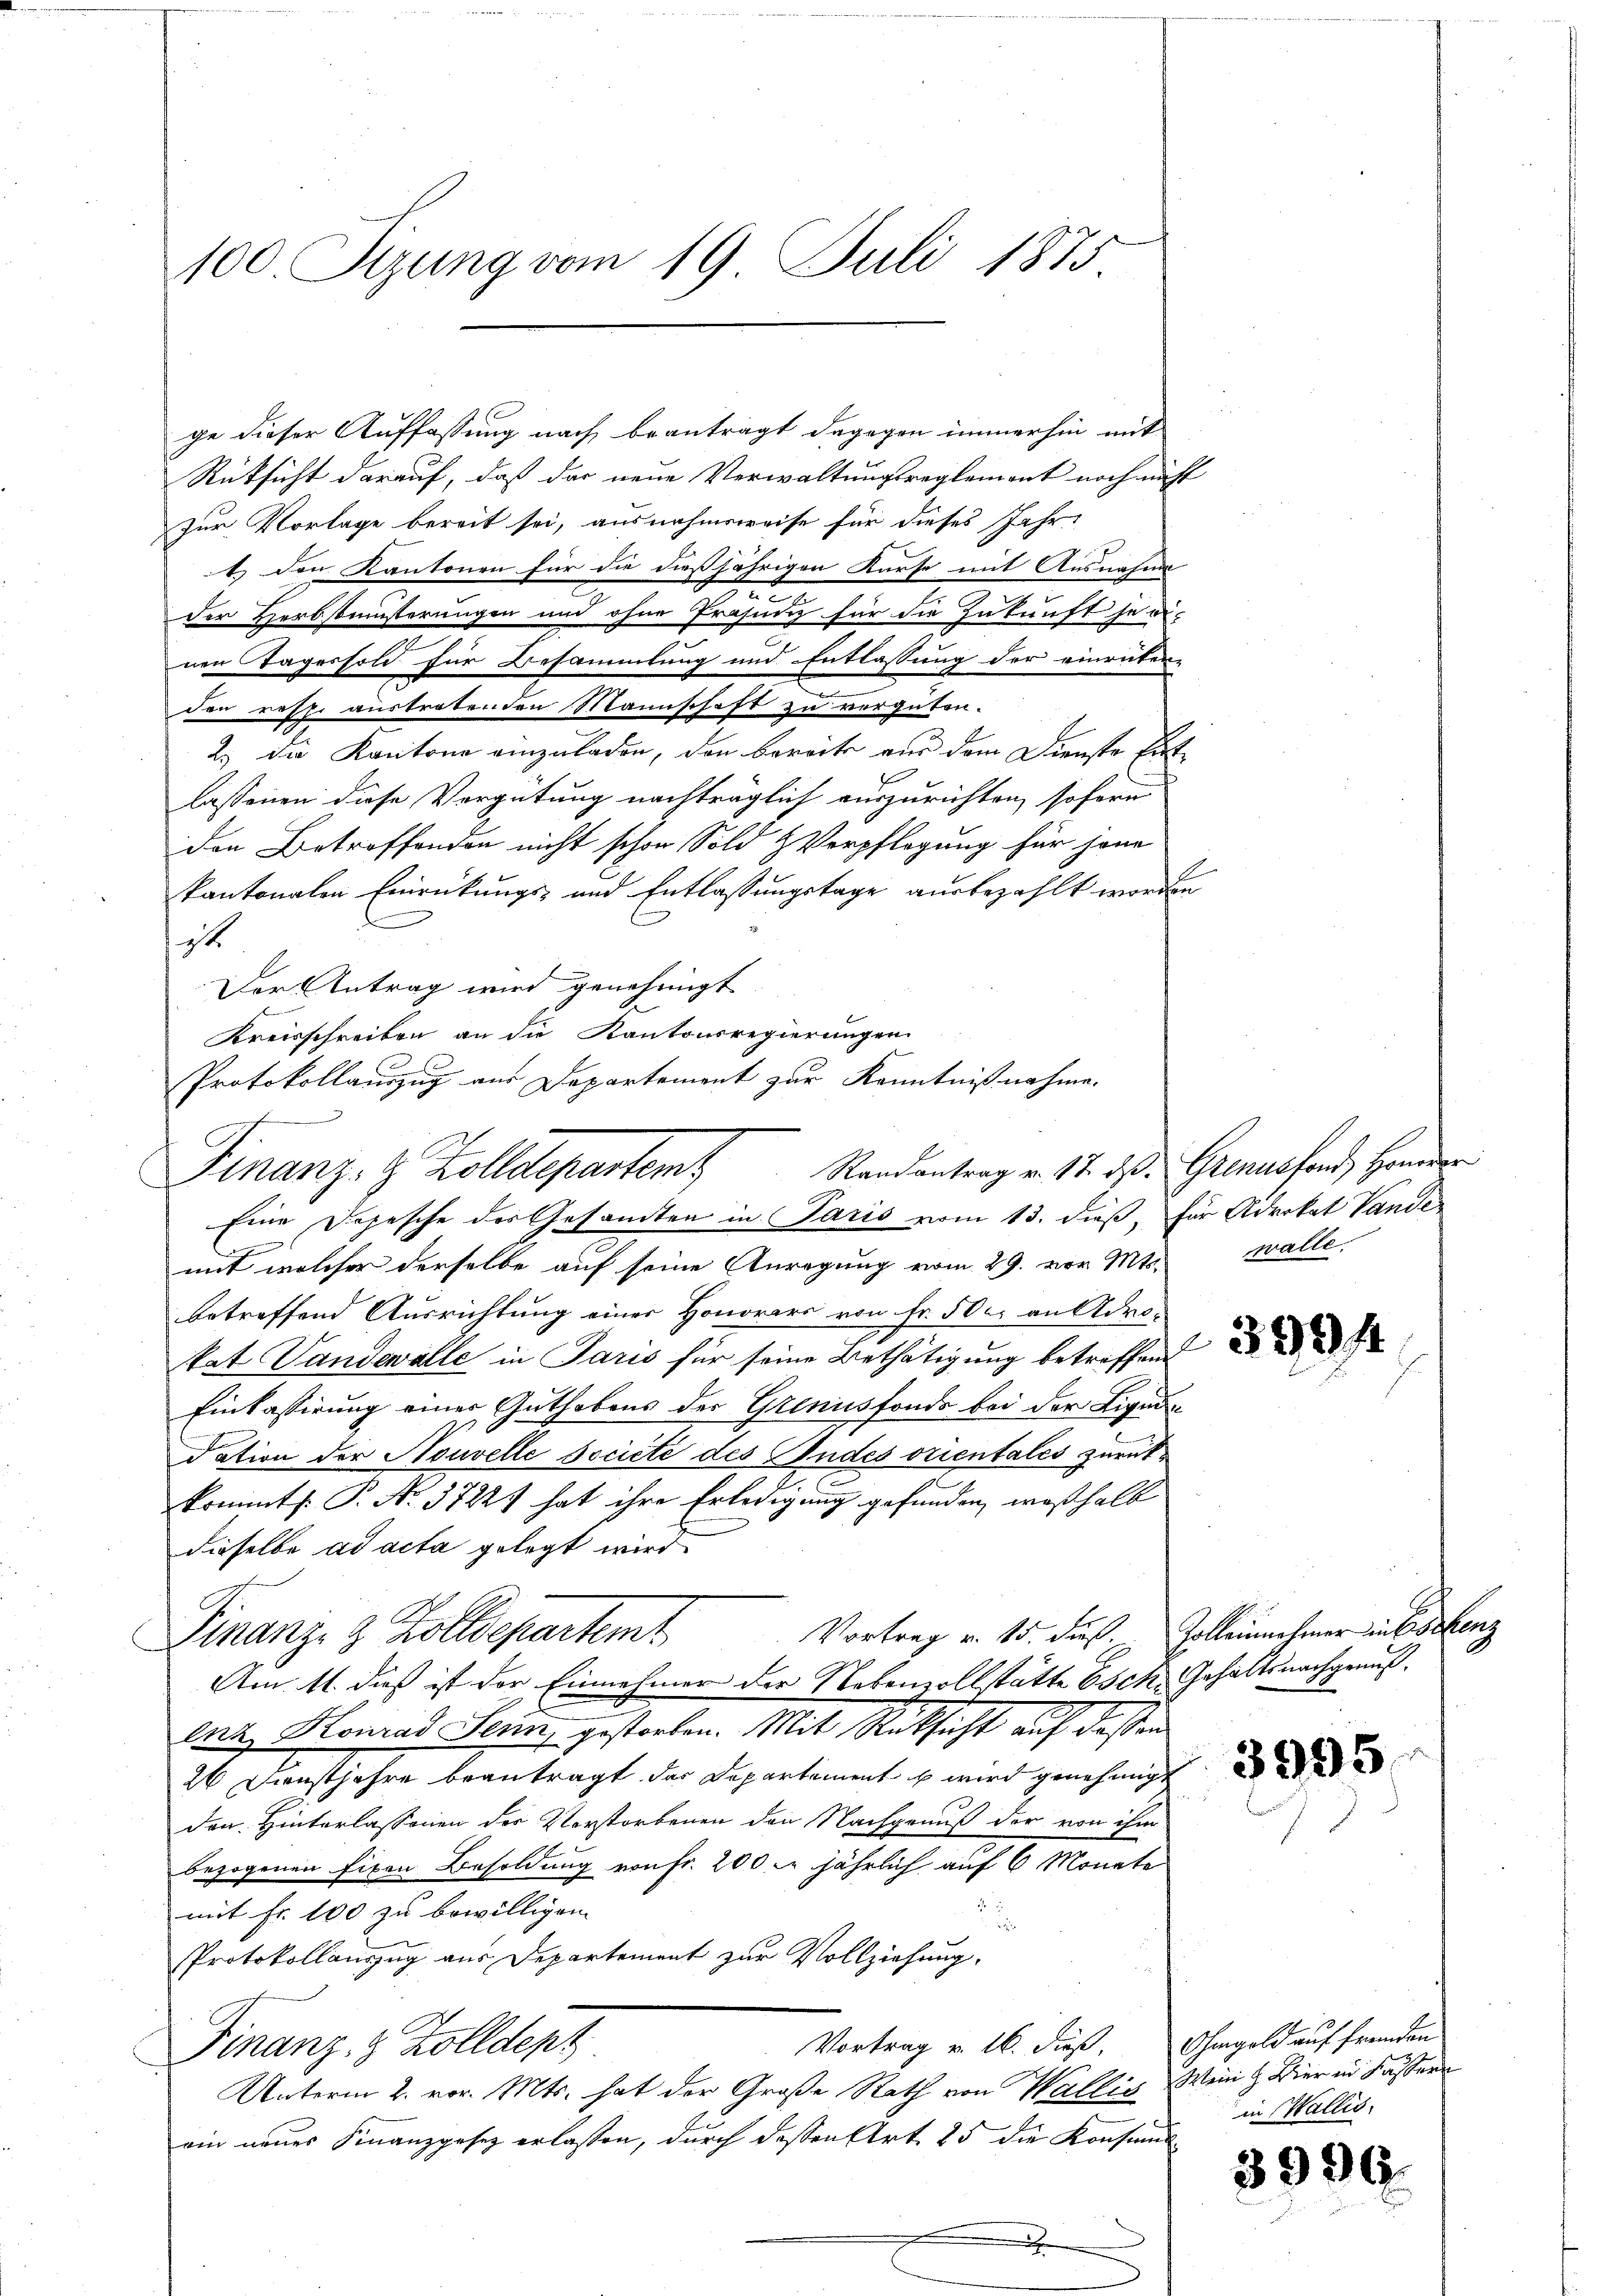
100 Tizung vom 19. Juli 1875

ge dieser Auffassung nach beanträgt dagegen immerhin mit
Rücksicht darauf, daß der neue Verwaltungsreglement noch nicht
zur Vorlage bereit sei, ausnahmsweise für dieses Jahr-
t den Kantonen für die dießjährigen Kurse mit Ausnahme
der Herbsteinsterungen und ohne Präsiiz für die Zukunft je ei-
nen Tagessold für Besammlung und Entlassung der einrüter-
den resp. austretenden Mannschaft zu vergüten.
2.) Die Kantone einzuladen, den bereite aus dem Dienste Entlassenen diese Vergütung nachträglich auszurichten, sofern
den Betroffenden nicht schon Sold & Verpflegung für jene
kantonalen Einrückungs- und Entlassungstage ausbezahlt worden
C
ist
Der Antrag wird genehmigt
Eine Dojesche des Gesamten in Paris vom 13. dieß, für Advokat Vande
mit welcher derselbe auf seine Anregung vom 29. vor. Mts. Walle,
betreffend Ausrichtung einer Honorars von Fr. 500. an Adro-
kat Vandewalle in Paris für seine Unthätigung betreffen
Einkassirung einer Guthabens der Grenisfonds bei der Liqui
dation der Nouvelle Societe des Andes orientales zurück¬
.
kommt. P. Nr. 3722) hat ihre Erledigung gefunden, weßhalb
dieselbe ad acta gelegt wird.
G.
Vortrag v. 15. Fuß. Volleinnehmer in Eschenz
Finanz- & Zolldepartemt
Am 11. daß ist der Einnehmer der Nebenvollstätte Osck. Gehaltsnachgenuß.
enz Konrad Senn, gestorben. Mit Rücksicht auf dessen
26 Dienstjahre beantragt der Departement es wird genehmigt
den Hinterlassenen des Verstorbenen den Nachgenuß der von ihm
bezogenen fixen Besoldung von fr. 200 l. jährlich auf 6 Monate
mit Fr. 100 zu bewilligen.
Protokollanzug aus Departement zur Vollziehung.
Vortrag v. 16. dieß. Ohmgeld auf fremden
Finanz- & Zolldep
Unterm 2. vor. Mts. hat der Große Rath von Wallig Wein & Bier in Fässern
ein neuer Finanzgesetz erlassen, durch dessen Art. 25 die Konsums-
.

Kreisschreiben an die Kantonsregierungen
Protokollauszug aus Departement zur Kenntnißnahme.
Finanz- & Zolldepartent

Randantrag v. 17. ds. Grenus fond Honorar

in Wallis,

3996